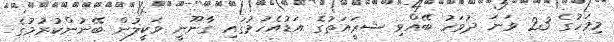
މިމަހުގެ 23 ވަނަ ދުވަހު ބޭއްވި ޝރަީއަތުގެ އަޑުއެހުމުގައި ގާނޫނީ ވަކީލުން ބޭނުންކުރުމުގެ